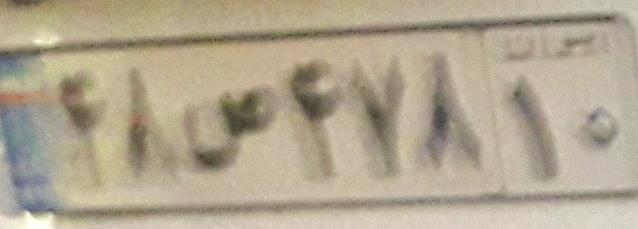
۴۸ص۴۷۸۱۰